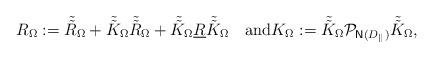
LaTeX: \begin{align*}R_\Omega:=\tilde{\tilde R}_\Omega +\tilde{\tilde K}_\Omega\tilde{\tilde R}_\Omega+\tilde{\tilde K}_\Omega\underline{R}\tilde{\tilde K}_\Omega\quad\mbox{and}K_\Omega:=\tilde{\tilde K}_\Omega{\mathcal{P}}_{{\rm{\sf N}}(D_{{}^\Vert})}\tilde{\tilde K}_\Omega,\end{align*}